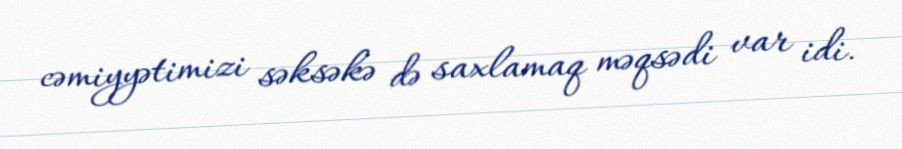
cəmiyyətimizi səksəkə də saxlamaq məqsədi var idi.